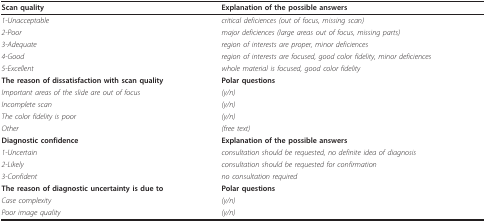
<table><thead><tr><td><b>Scan quality</b></td><td><b>Explanation of the possible answers</b></td></tr></thead><tbody><tr><td><i>1-Unacceptable</i></td><td><i>critical deficiences (out of focus, missing scan) </i></td></tr><tr><td><i>2-Poor</i></td><td><i>major deficiences (large areas out of focus, missing parts)</i></td></tr><tr><td><i>3-Adequate</i></td><td><i>region of interests are proper, minor deficiences</i></td></tr><tr><td><i>4-Good</i></td><td><i>region of interests are focused, good color fidelity, minor deficiences </i></td></tr><tr><td><i>5-Excellent</i></td><td><i>whole material is focused, good color fidelity</i></td></tr><tr><td><b>The reason of dissatisfaction with scan quality</b></td><td><b>Polar questions</b></td></tr><tr><td><i>Important areas of the slide are out of focus</i></td><td><i>(y/n)</i></td></tr><tr><td><i>Incomplete scan</i></td><td><i>(y/n)</i></td></tr><tr><td><i>The color fidelity is poor</i></td><td><i>(y/n)</i></td></tr><tr><td><i>Other</i></td><td><i>(free text)</i></td></tr><tr><td><b>Diagnostic confidence</b></td><td><b>Explanation of the possible answers</b></td></tr><tr><td><i>1-Uncertain</i></td><td><i>consultation should be requested, no definite idea of diagnosis</i></td></tr><tr><td><i>2-Likely</i></td><td><i>consultation should be requested for confirmation</i></td></tr><tr><td><i>3-Confident </i></td><td><i>no consultation required</i></td></tr><tr><td><b>The reason of diagnostic uncertainty is due to</b></td><td><b>Polar questions</b></td></tr><tr><td><i>Case complexity</i></td><td><i>(y/n)</i></td></tr><tr><td><i>Poor image quality</i></td><td><i>(y/n)</i></td></tr></tbody></table>